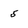
Character: 5